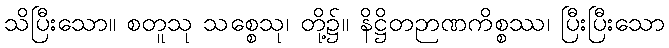
သိပြီးသော။ စတူသု သစ္စေသု၊ တို့၌။ နိဋ္ဌိတဉာဏကိစ္စဿ၊ ပြီးပြီးသော